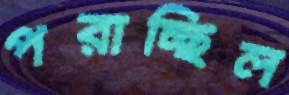
পরাচ্ছিল